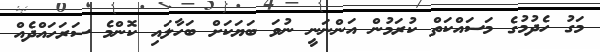
މަގު ހެދުމުގެ މަސައްކަތް ކުރަމުން އަންނަނީ ނުވަ ބަޔަކަށް ބަހާލައި ކޮންމެ ސަރަހައްދެއް